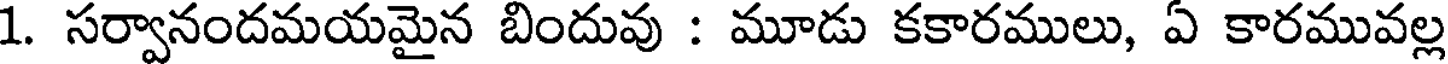
1. సర్వానందమయమైన బిందువు : మూడు కకారములు, ఏ కారమువల్ల